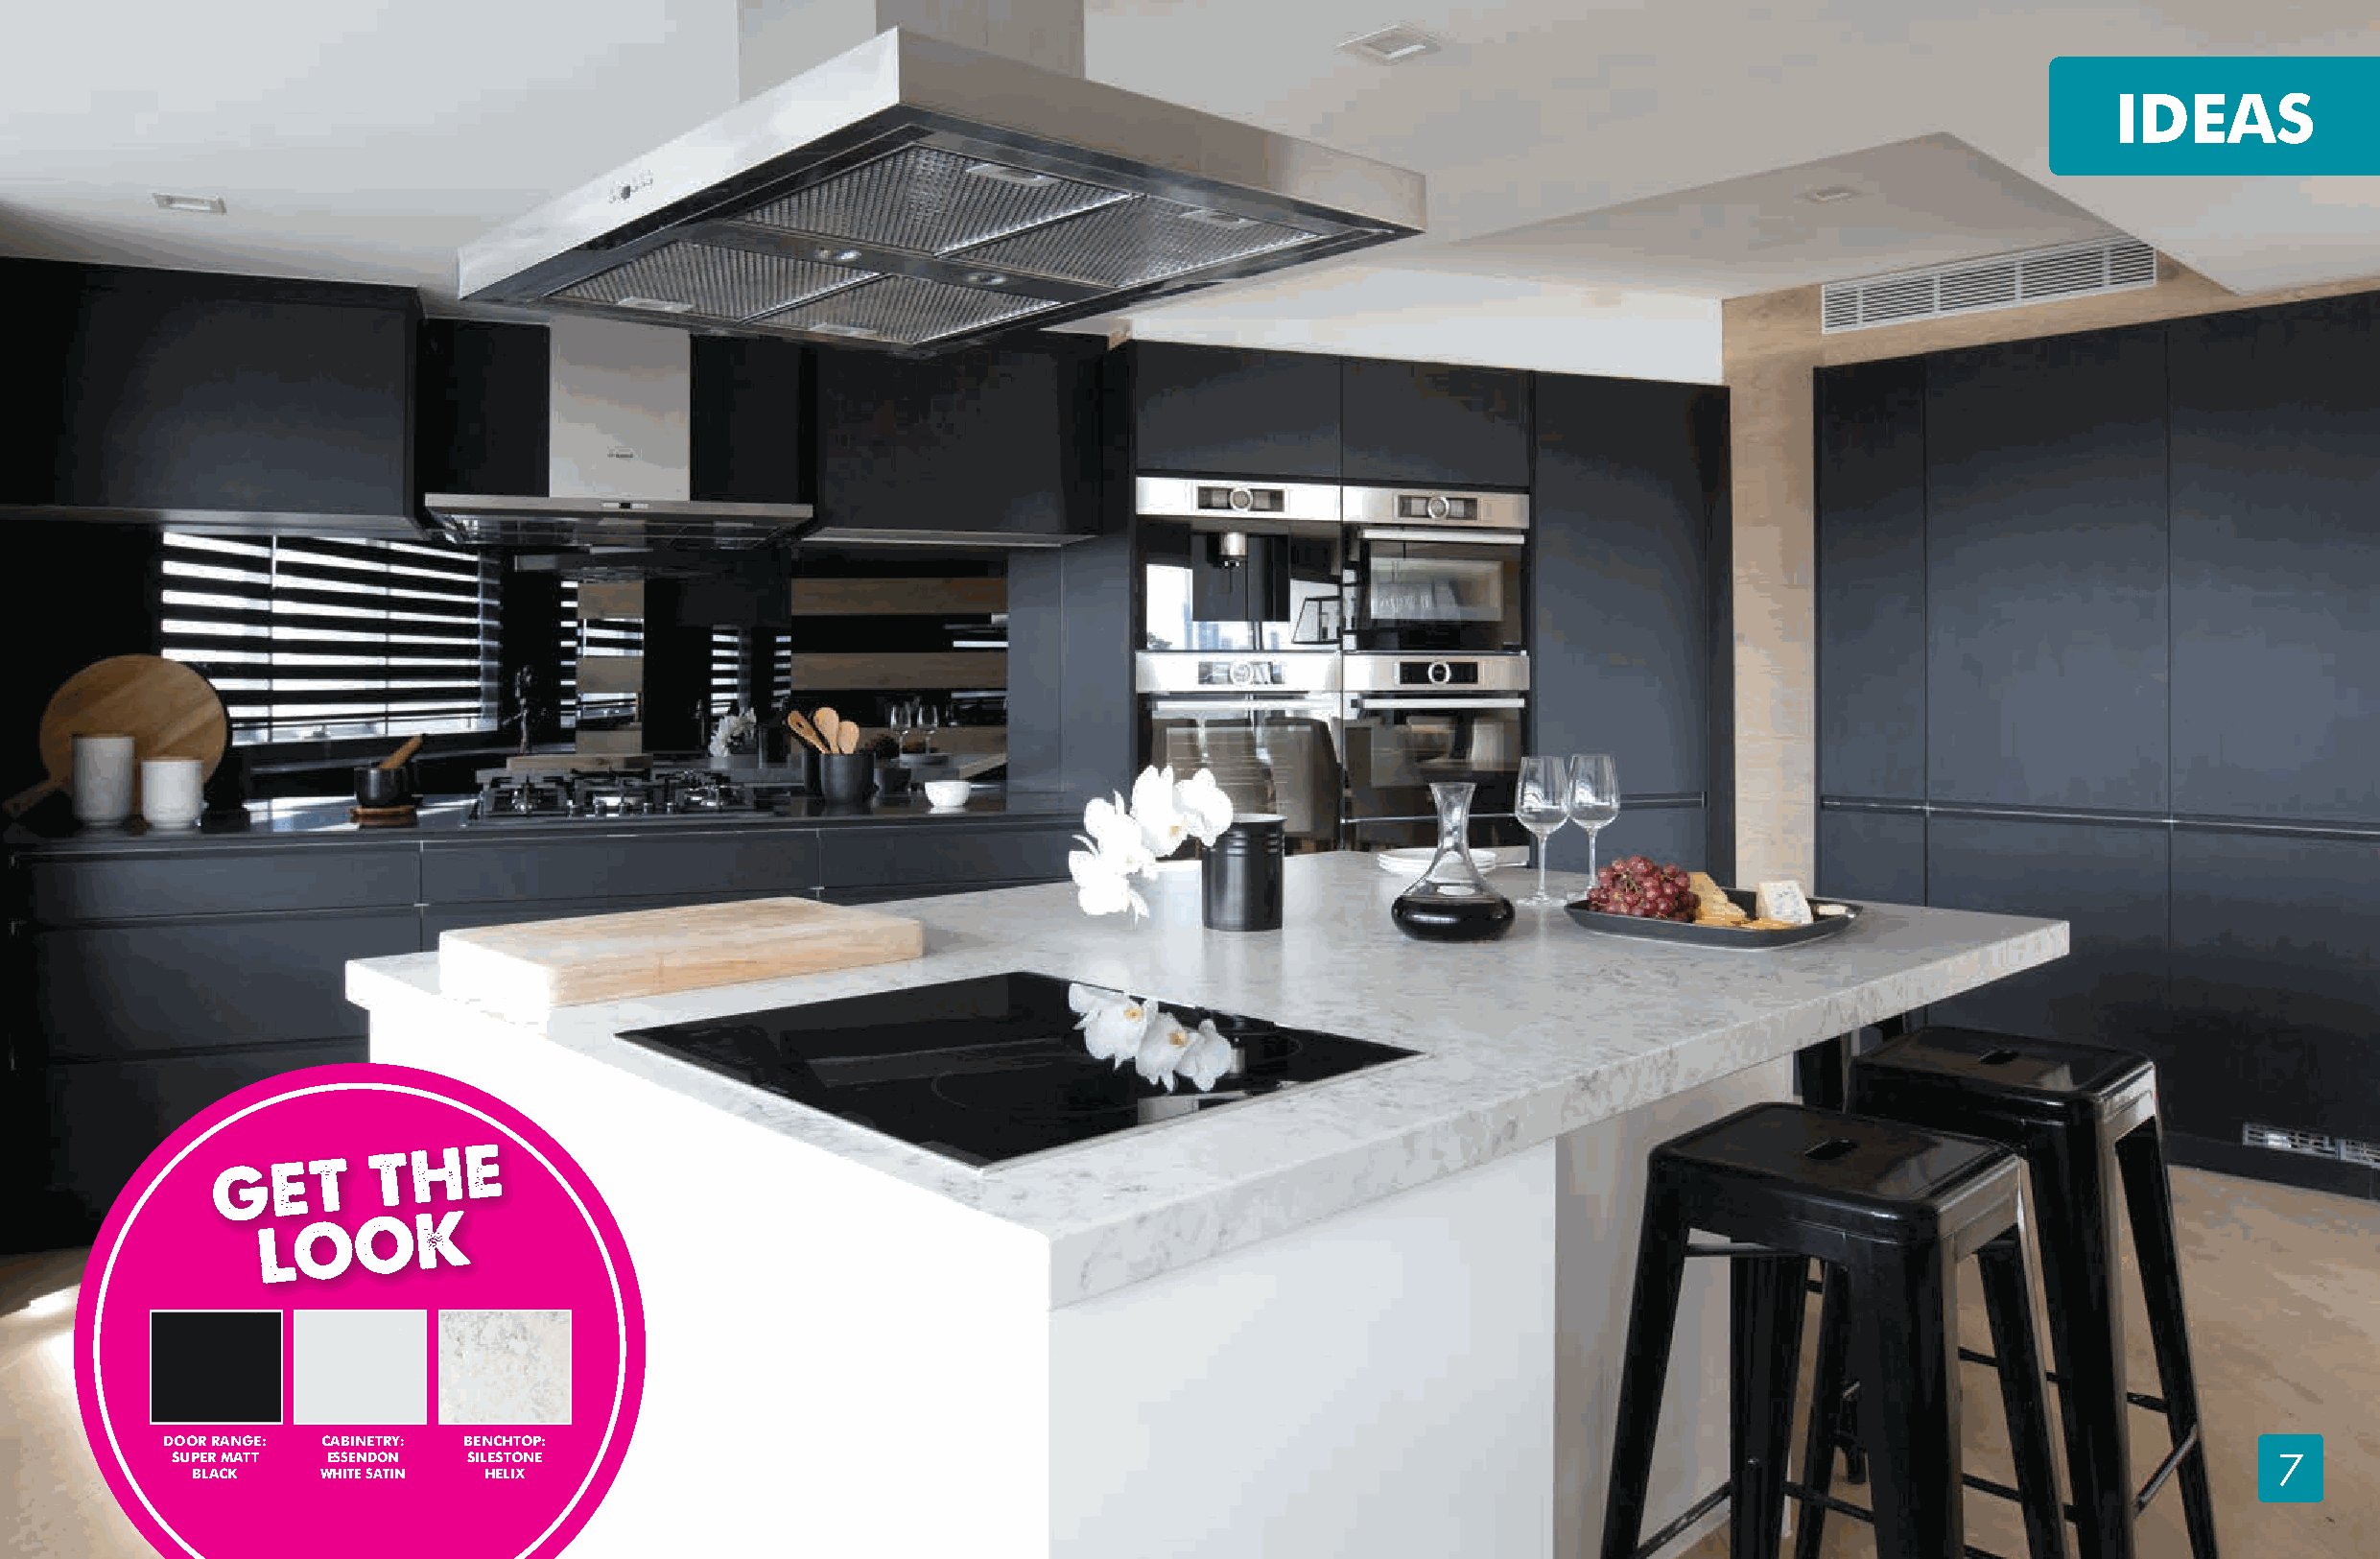
IDEAS
 DOOR RANGE: CABINETRY: BENCHTOP:
 SUPER MATT ESSENDON SILESTONE                                                                                                                    7
 BLACK    WHITE SATIN HELIX